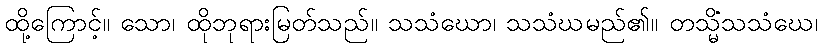
ထို့ကြောင့်။ သော၊ ထိုဘုရားမြတ်သည်။ သသံဃော၊ သသံဃမည်၏။ တသ္မိံသသံဃေ၊